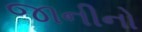
જાનીનો